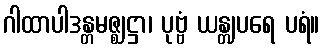
ဂါထာပါဒန္တမဇ္ဈဋ္ဌာ၊ ပုဗ္ဗံ ယန္တျပရေ ပရံ။